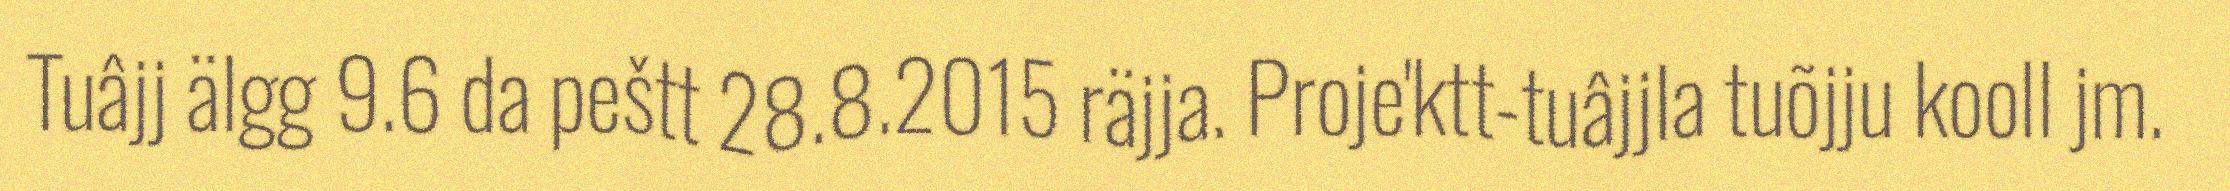
Tuâjj älgg 9.6 da peštt 28.8.2015 räjja. Proje'ktt-tuâjjla tuõjju kooll jm.